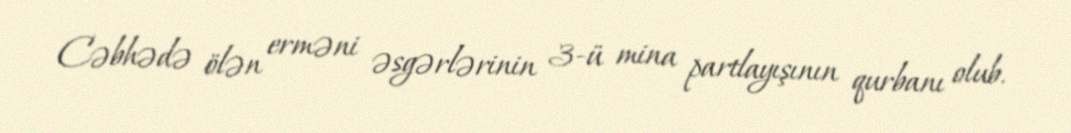
Cəbhədə ölən erməni əsgərlərinin 3-ü mina partlayışının qurbanı olub.